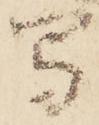
写